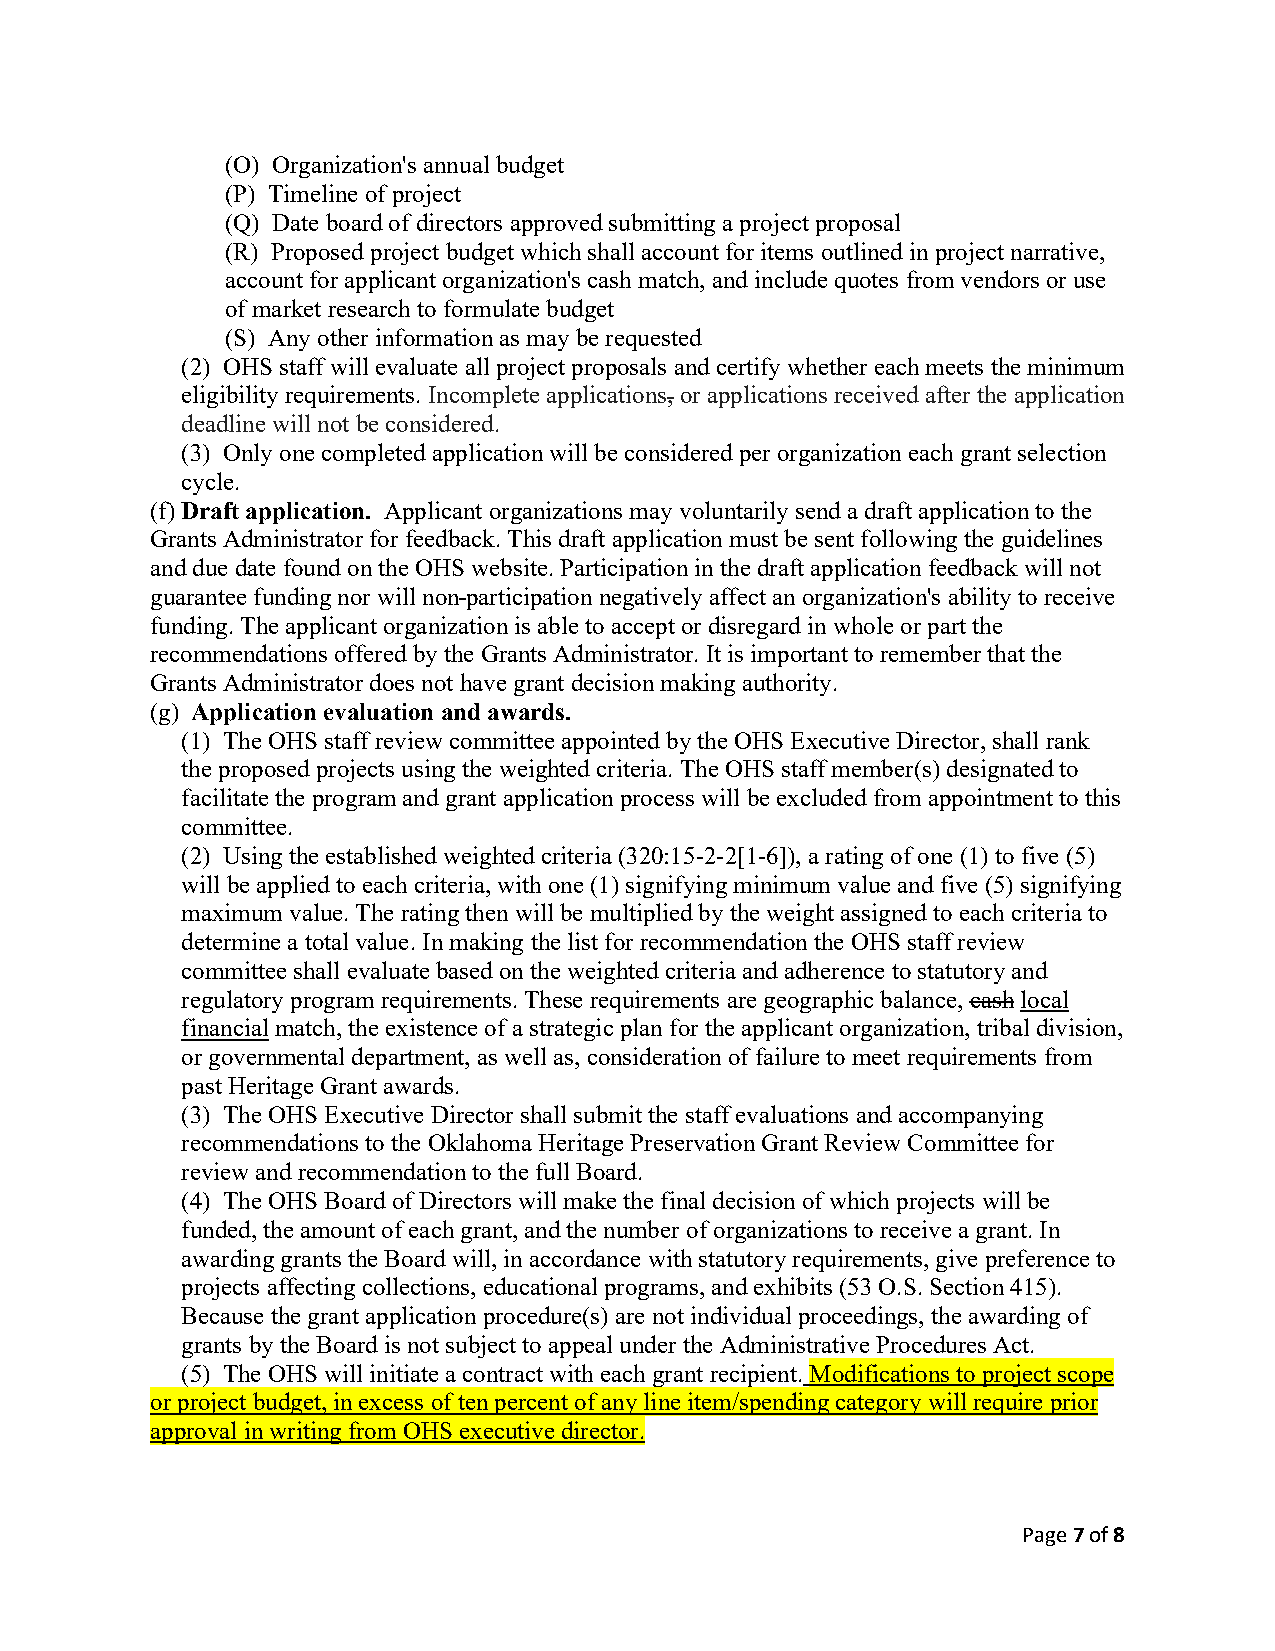
(O) Organization's annual budget
 (P) Timeline of project
 (Q) Date board of directors approved submitting a project proposal
 (R) Proposed project budget which shall account for items outlined in project narrative,
 account for applicant organization's cash match, and include quotes from vendors or use
 of market research to formulate budget
 (S) Any other information as may be requested
 (2) OHS staff will evaluate all project proposals and certify whether each meets the minimum
 eligibility requirements. Incomplete applications, or applications received after the application
 deadline will not be considered.
 (3) Only one completed application will be considered per organization each grant selection
 cycle.
 (f) Draft application. Applicant organizations may voluntarily send a draft application to the
 Grants Administrator for feedback. This draft application must be sent following the guidelines
 and due date found on the OHS website. Participation in the draft application feedback will not
 guarantee funding nor will non participation negatively affect an organization's ability to receive
 funding. The applicant organization is able to accept or disregard in whole or part the
 recommendations offered by the Grants Administrator. It is important to remember that the
 Grants Administrator does not have grant decision making authority.
 (g) Application evaluation and awards.
 (1) The OHS staff review committee appointed by the OHS Executive Director, shall rank
 the proposed projects using the weighted criteria. The OHS staff member(s) designated to
 facilitate the program and grant application process will be excluded from appointment to this
 committee.
 (2) Using the established weighted criteria (320:15-2-2[1-6]), a rating of one (1) to five (5)
 will be applied to each criteria, with one (1) signifying minimum value and five (5) signifying
 maximum value. The rating then will be multiplied by the weight assigned to each criteria to
 determine a total value. In making the list for recommendation the OHS staff review
 committee shall evaluate based on the weighted criteria and adherence to statutory and
 regulatory program requirements. These requirements are geographic balance, cash local
 financial match, the existence of a strategic plan for the applicant organization, tribal division,
 or governmental department, as well as, consideration of failure to meet requirements from
 past Heritage Grant awards.
 (3) The OHS Executive Director shall submit the staff evaluations and accompanying
 recommendations to the Oklahoma Heritage Preservation Grant Review Committee for
 review and recommendation to the full Board.
 (4) The OHS Board of Directors will make the final decision of which projects will be
 funded, the amount of each grant, and the number of organizations to receive a grant. In
 awarding grants the Board will, in accordance with statutory requirements, give preference to
 projects affecting collections, educational programs, and exhibits (53 O.S. Section 415).
 Because the grant application procedure(s) are not individual proceedings, the awarding of
 grants by the Board is not subject to appeal under the Administrative Procedures Act.
 (5) The OHS will initiate a contract with each grant recipient. Modifications to project scope
 or project budget, in excess of ten percent of any line item/spending category will require prior
 approval in writing from OHS executive director.
 Page 7 of 8